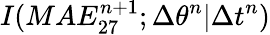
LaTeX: I(MAE_{27}^{n+1};\Delta\theta^{n}|\Delta t^{n})